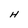
Character: H